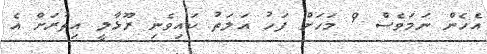
އެހެން ނަމަވެސް 9 މަހަށް ފަހު އަލަތު ކައިވެނި ރޫޅާލީ އިތުރަށް އެ